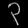
Digit: ၃